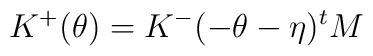
K^{+}(\theta) = K^{-}(- \theta -\eta)^{t} M